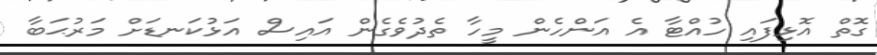
ގޮތް އޮޅިފައި ހުއްޓާ އެ އަންހެން މީހާ ތެދުވެގެން އައިސް އަޅުކަނޑަށް މަރުޙަބާ